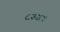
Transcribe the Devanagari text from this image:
८३४१